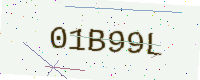
Text: 01B99L